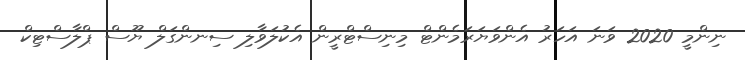
ނިންމީ 2020 ވަނަ އަހަރު އެންވަޔަރަމެންޓް މިނިސްޓްރީން އެކުލަވާލި ސިނންގަލް ޔޫސް ޕްލާސްޓިކް